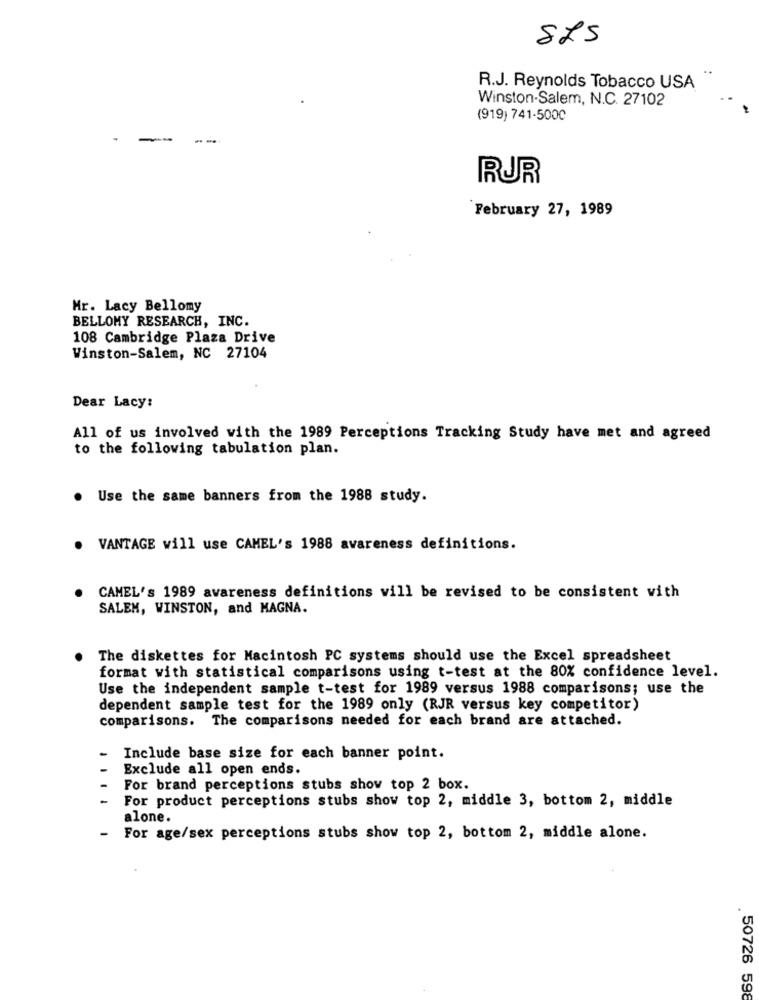
875
R.J. Reynolds Tobacco USA
Winston-Salem, N.C. 27102
(919) 741-5000
- -
RUR
February 27, 1989
Mr. Lacy Bellomy
BELLOMY RESEARCH, INC.
108 Cambridge Plaza Drive
Winston-Salem, NC 27104
Dear Lacy:
All of us involved with the 1989 Perceptions Tracking Study have met and agreed
to the following tabulation plan.
.
Use the same banners from the 1988 study.
. VANTAGE will use CAMEL's 1988 awareness definitions.
CAMEL's 1989 awareness definitions will be revised to be consistent with
SALEM, WINSTON, and MAGNA.
The diskettes for Macintosh PC systems should use the Excel spreadsheet
format with statistical comparisons using t-test at the 80% confidence level.
Use the independent sample t-test for 1989 versus 1988 comparisons; use the
dependent sample test for the 1989 only (RJR versus key competitor)
comparisons. The comparisons needed for each brand are attached.
Include base size for each banner point.
Exclude all open ends.
For brand perceptions stubs show top 2 box.
For product perceptions stubs show top 2, middle 3, bottom 2, middle
alone.
For age/sex perceptions stubs show top 2, bottom 2, middle alone.
50726 598